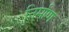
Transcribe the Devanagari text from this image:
निर्माण्‍ा